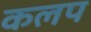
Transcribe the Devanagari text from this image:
कलप